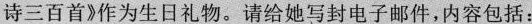
诗三百首》作为生日礼物。请给她写封电子邮件，内容包括：